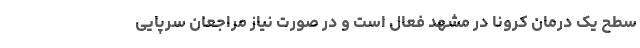
سطح یک درمان کرونا در مشهد فعال است و در صورت نیاز مراجعان سرپایی